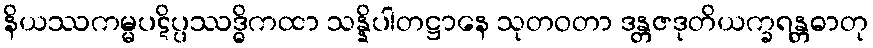
နိယဿကမ္မပဋိပ္ပဿဒ္ဓိကထာ သန္နိပါတဋ္ဌာနေ သုတဝတာ ဒန္တဇဒုတိယက္ခရန္တဓာတု